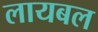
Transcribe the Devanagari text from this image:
लायबल